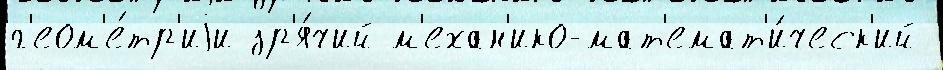
г'еом'е́тр'иjи зр'я́чий м'ехан'ико-мат'емат'и́ческ'ий